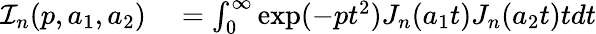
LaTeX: \begin{array}{rl}{{\cal I}_{n}(p,a_{1},a_{2})}&{{}=\int_{0}^{\infty}\exp(-pt^{2})J_{n}(a_{1}t)J_{n}(a_{2}t)tdt}\end{array}